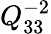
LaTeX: Q_{33}^{-2}